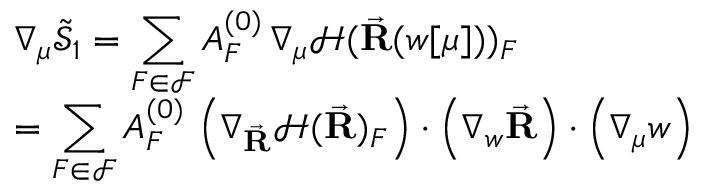
\begin{array} { r l } & { \nabla _ { \mu } \tilde { \mathcal { S } } _ { 1 } = \displaystyle \sum _ { F \in \mathcal { F } } A _ { F } ^ { ( 0 ) } \, \nabla _ { \mu } \mathcal { H } ( \vec { \bf R } ( w [ \mu ] ) ) _ { F } } \\ & { = \displaystyle \sum _ { F \in \mathcal { F } } A _ { F } ^ { ( 0 ) } \, \left( \nabla _ { \vec { \bf R } } \mathcal { H } ( \vec { \bf R } ) _ { F } \right) \cdot \left( \nabla _ { w } \vec { \bf R } \right) \cdot \left( \nabla _ { \mu } w \right) } \end{array}